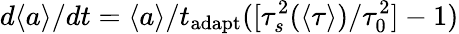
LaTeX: d\langle a\rangle/dt=\langle a\rangle/t_{\mathrm{adapt}}([\tau_{s}^{2}(\langle\tau\rangle)/\tau_{0}^{2}]-1)